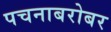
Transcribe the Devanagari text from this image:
पचनाबरोबर